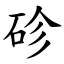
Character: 䂦